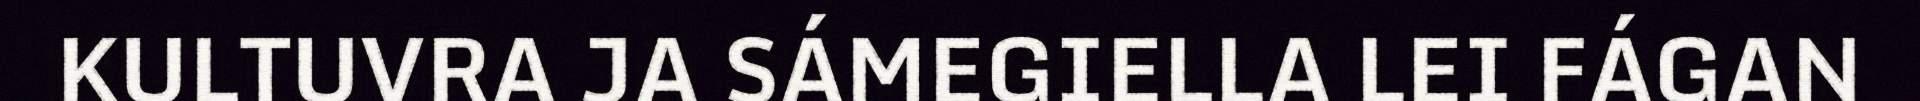
KULTUVRA JA SÁMEGIELLA LEI FÁGAN